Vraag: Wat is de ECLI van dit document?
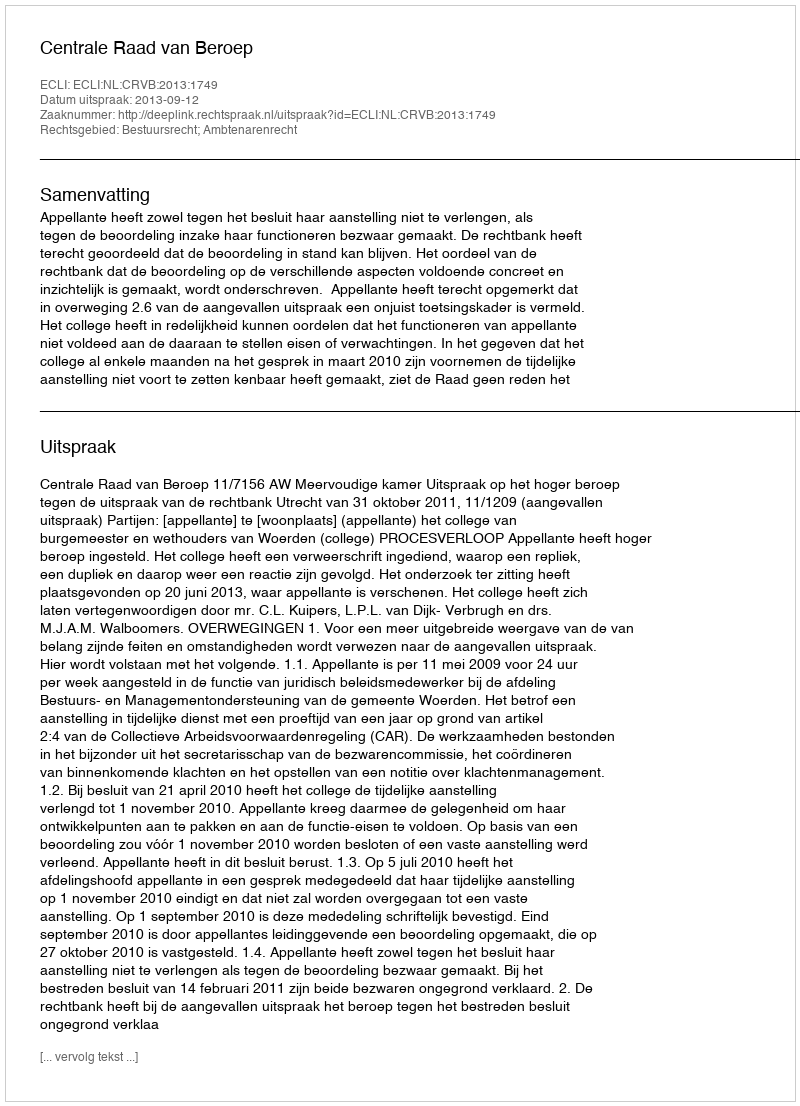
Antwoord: ECLI:NL:CRVB:2013:1749